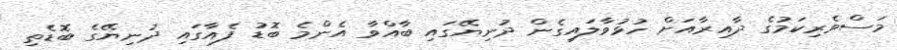
މަސްވެރިކަމުގެ ދާއިރާއަށް ހުޅުވާލައިގެން ދުނިޔޭގައި ބާއްވާ އެންމެ ބޮޑު ފެއާގައި ދުނިޔޭގެ ބޮޑެތި